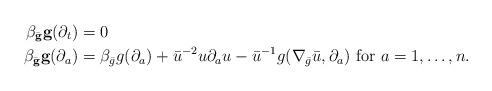
LaTeX: \begin{align*}\beta_{\bar {\mathbf{g}}} \mathbf {g} (\partial_t)&=0\\\beta_{\bar {\mathbf{g}}} \mathbf {g} (\partial_a ) &=\beta_{\bar g} g(\partial_a ) + \bar u^{-2} u \partial_a u -\bar u^{-1} g(\nabla_{\bar g}\bar u, \partial_a )\mbox{ for $a=1,\dots, n$}.\end{align*}